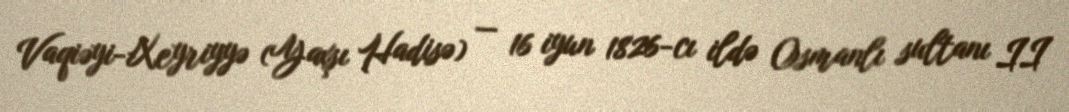
Vaqiəyi-Xeyriyyə (Yaxşı Hadisə) — 16 iyun 1826-cı ildə Osmanlı sultanı II